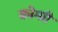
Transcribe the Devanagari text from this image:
कोम्प्री